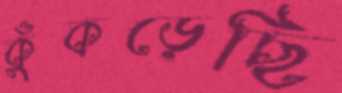
কুঁকড়েছি